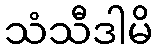
သံသီဒါမိ